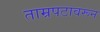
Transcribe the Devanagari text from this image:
ताम्रपटावरून